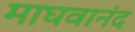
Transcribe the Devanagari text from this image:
माघवानंद